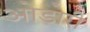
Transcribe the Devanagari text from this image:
ओडोरी